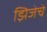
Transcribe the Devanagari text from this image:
झिजेचे